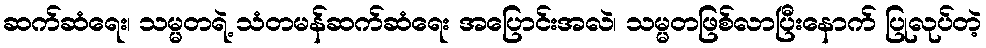
ဆက်ဆံရေး၊ သမ္မတရဲ့ သံတမန်ဆက်ဆံရေး အပြောင်းအလဲ၊ သမ္မတဖြစ်လာပြီးနောက် ပြုလုပ်တဲ့